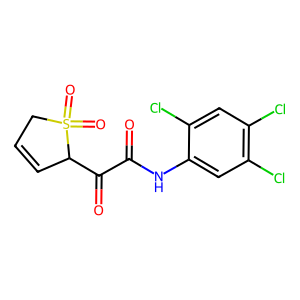
SMILES: O=C(Nc1cc(Cl)c(Cl)cc1Cl)C(=O)C1C=CCS1(=O)=O
Inhibits HIV replication: No